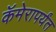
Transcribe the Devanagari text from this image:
कॅमेरापर्यंत